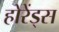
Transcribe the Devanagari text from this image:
होरेंड्स